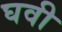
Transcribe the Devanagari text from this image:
घवी